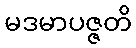
မဒမာပဇ္ဇတိ